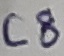
Text: C8